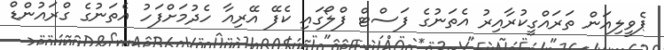
ޕެވީލިއަން ތަަރައްގީކުރާއިރު އެތަނުގެ ފަސްޓް ފްލޯގައި ކެފޭ އޭރިއާ ހެދުމަށްފަހު އެތަނުގެ ގްރައުންޑް